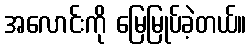
အလောင်းကို မြေမြုပ်ခဲ့တယ်။